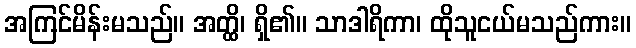
အကြင်မိန်းမသည်။ အတ္ထိ၊ ရှိ၏။ သာဒါရိကာ၊ ထိုသူငယ်မသည်ကား။